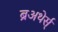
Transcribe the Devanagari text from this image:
ब्रअथेर्स्